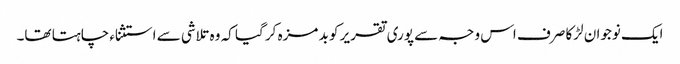
ایک نوجوان لڑکا صرف اس وجہ سے پوری تقریر کو بد مزہ کر گیا کہ وہ تلاشی سے استثناء چاہتا تھا۔